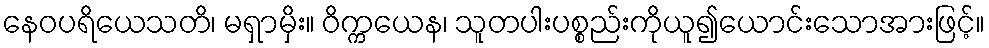
နေဝပရိယေသတိ၊ မရှာမှိး။ ဝိက္ကယေန၊ သူတပါးပစ္စည်းကိုယူ၍ယောင်းသောအားဖြင့်။